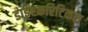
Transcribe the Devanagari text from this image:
डाईएकरिटिकल